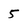
Character: 5